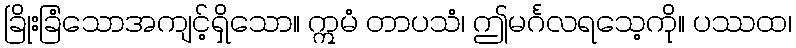
ခြိုးခြံသောအကျင့်ရှိသော။ ဣမံ တာပသံ၊ ဤမင်္ဂလရသေ့ကို။ ပဿထ၊